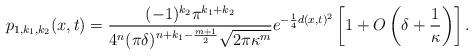
LaTeX: \begin{align*} p_{1,k_1,k_2}(x,t)= \frac{(-1)^{k_2} \pi^{k_1+k_2}}{ 4^n (\pi\delta)^{n+k_1-\frac{m+1}{2}} \sqrt{2 \pi\kappa^m} }e^{-\frac{1}{4}d(x,t)^2}\left[1+O\left(\delta+\frac{1}{\kappa} \right) \right].\end{align*}